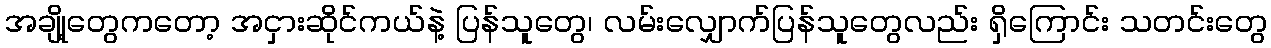
အချို့တွေကတော့ အငှားဆိုင်ကယ်နဲ့ ပြန်သူတွေ၊ လမ်းလျှောက်ပြန်သူတွေလည်း ရှိကြောင်း သတင်းတွေ